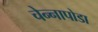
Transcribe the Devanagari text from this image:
चेन्‍नापोडा